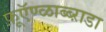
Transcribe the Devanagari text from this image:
फ़ूऍण्ळाब्ब्ऱाडा